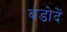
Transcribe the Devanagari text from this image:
बडोदें